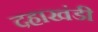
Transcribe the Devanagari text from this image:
दहाखंडी